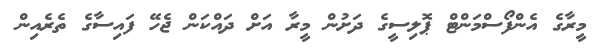
މީރާގެ އެންފޯސްމަންޓް ޕޮލިސީގެ ދަށުން މީރާ އަށް ދައްކަން ޖެހޭ ފައިސާގެ ތެރެއިން